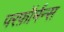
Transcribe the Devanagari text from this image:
परफ़ॉर्मन्स